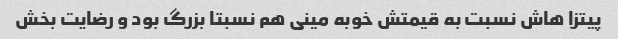
پیتزا هاش نسبت به قیمتش خوبه مینی هم نسبتا بزرگ بود و رضایت بخش